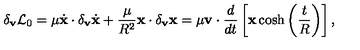
\delta _ { \bf v } { \cal L } _ { 0 } = \mu \dot { \bf x } \cdot \delta _ { \bf v } \dot { \bf x } + \frac { \mu } { R ^ { 2 } } { \bf x } \cdot \delta _ { \bf v } { \bf x } = \mu { \bf v } \cdot \frac { d } { d t } \left[ { \bf x } \cosh \left( \frac { t } { R } \right) \right] ,